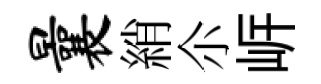
曩綃尒㟁